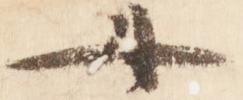
女